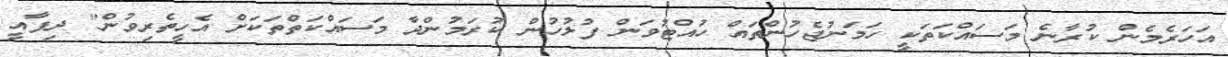
އަހަރެމެން ކުރާނެ މަސައްކަތަކީ ހަމަނުޖެހުންތައް ހުއްޓުވަން ފުލުހުން ކުރަމުންދާ މަސައްކަތްތަކަށް އެހީތެރިވުން" ދިފާއީ